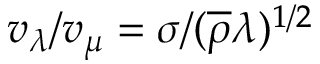
v _ { \lambda } / v _ { \mu } = \sigma / ( \overline { { \rho } } \lambda ) ^ { 1 / 2 }